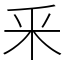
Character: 釆